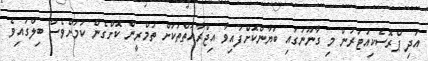
އަދި ޕްރޮސެކިއުޓަރުން މި ގާނޫނުގައި ބަޔާންކޮށްފައިވާ އިޖްރާއަތްތަކަށް ތަމްރީން ކޮށްގެން ކަމަށްވެސް ބިލްގައިވެ